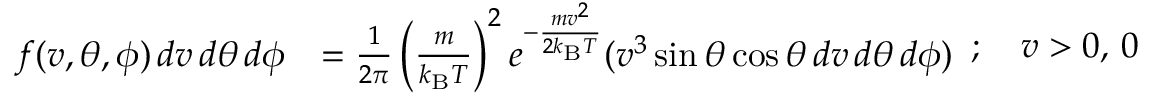
{ \begin{array} { r l } { f ( v , \theta , \phi ) \, d v \, d \theta \, d \phi } & { = { \frac { 1 } { 2 \pi } } \left( { \frac { m } { k _ { \mathrm { B } } T } } \right) ^ { 2 } e ^ { - { \frac { m v ^ { 2 } } { 2 k _ { \mathrm { B } } T } } } ( v ^ { 3 } \sin { \theta } \cos { \theta } \, d v \, d \theta \, d \phi ) } \end{array} } ; \quad v > 0 , \, 0